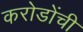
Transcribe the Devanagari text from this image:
करोडोंची